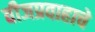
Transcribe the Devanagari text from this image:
वीजप्रवाहाचे